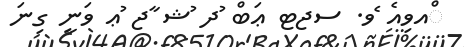
ްއވިއެ ެވ. ސޖޓ ޢަބް ުދ ުޝ ާޖ ުޢ ވަނީ ގިނަ